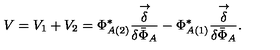
V = V _ { 1 } + V _ { 2 } = \Phi _ { A ( 2 ) } ^ { * } \frac { \stackrel { \rightarrow } { \delta } } { \delta { \bar { \Phi } } _ { A } } - \Phi _ { A ( 1 ) } ^ { * } \frac { \stackrel { \rightarrow } { \delta } } { \delta { \bar { \Phi } } _ { A } } .